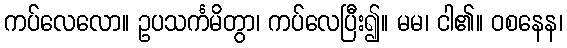
ကပ်လေလော။ ဥပသင်္ကမိတွာ၊ ကပ်လေပြီး၍။ မမ၊ ငါ၏။ ဝစနေန၊